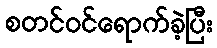
စတင်ဝင်ရောက်ခဲ့ပြီး